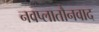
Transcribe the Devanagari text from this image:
नवप्लातौनवाद